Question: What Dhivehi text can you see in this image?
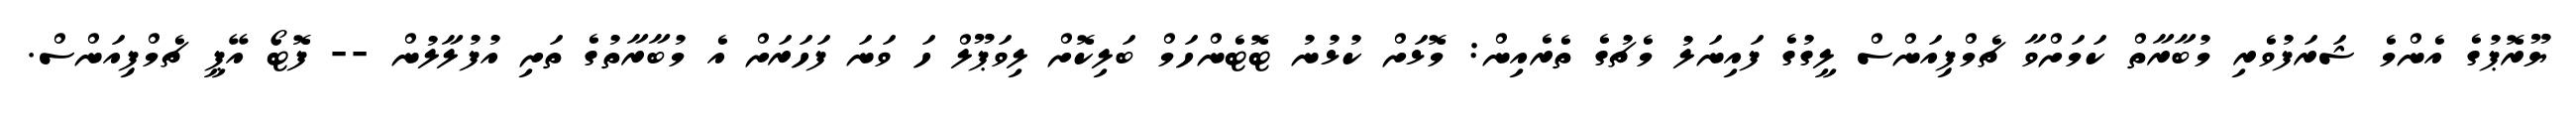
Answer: ޔޫރޮޕުގެ އެންމެ ޝަރަފުވެރި މުބާރާތް ކަމަށްވާ ޗެމްޕިއަންސް ލީގުގެ ފައިނަލު މެޗުގެ ތެރެއިން: މޮޅަށް ކުޅުނު ޓޮޓެންހަމް ބަލިކޮށް ލިވަޕޫލް ހަ ވަނަ ފަހަރަށް އެ މުބާރާތުގެ ތަށި އުފުލާލުން -- ފޮޓޯ އޭޕީ ޗެމްޕިއަންސް.